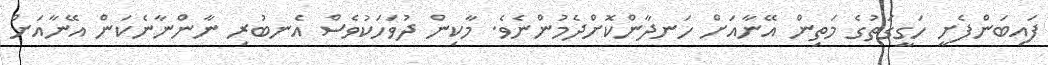
ފައިބަންފެށީ ހަގީގަތުގެ މަތިން އޭނާއަށް ހަނދާންކޮށްދެމުންނެވެ. މާކިން ދުވަހަކުވެސް އެނބުރި ނާންނާނެކަން އޭނާއަށް